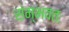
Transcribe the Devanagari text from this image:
संम्भवतः